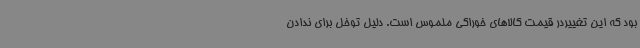
بود که این تغییردر قیمت کالاهای خوراکی ملموس است. دلیل توخل برای ندادن